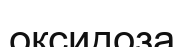
оксидоза